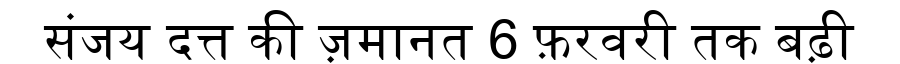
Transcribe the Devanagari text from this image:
संजय दत्त की ज़मानत 6 फ़रवरी तक बढ़ी